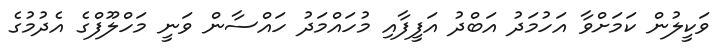
ވަކީލުން ކަމަށްވާ އަހުމަދު އަބްދު އަފީފާއި މުހައްމަދު ހައްސާން ވަނީ މަހްލޫފްގެ އެދުމުގެ